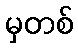
မှတစ်